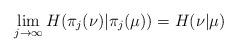
LaTeX: \begin{align*} \lim_{j \to \infty} H(\pi_j(\nu)|\pi_j(\mu)) = H(\nu|\mu)\end{align*}